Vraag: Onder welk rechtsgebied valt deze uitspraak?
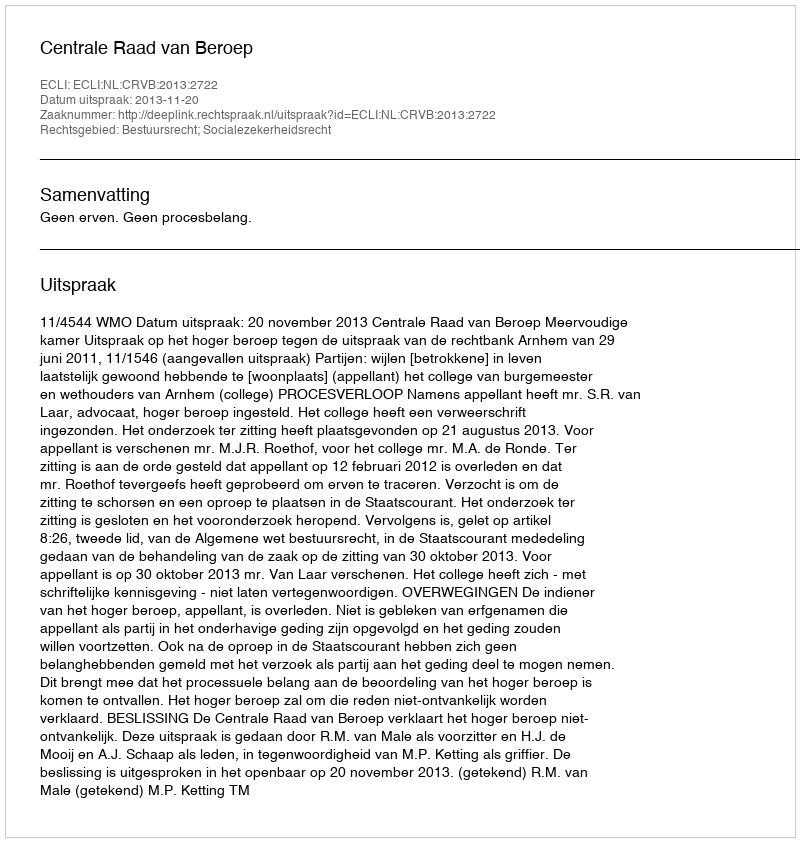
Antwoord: Bestuursrecht; Socialezekerheidsrecht